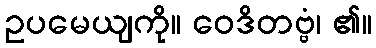
ဥပမေယျကို။ ဝေဒိတဗ္ဗံ၊ ၏။